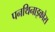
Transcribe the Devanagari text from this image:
पनथिनाइकोस